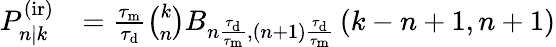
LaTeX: \begin{array}{rl}{P_{n|k}^{\mathrm{(ir)}}}&{=\frac{\tau_{\mathrm{m}}}{\tau_{\mathrm{d}}}\binom{k}{n}B_{n\frac{\tau_{\mathrm{d}}}{\tau_{\mathrm{m}}},(n+1)\frac{\tau_{\mathrm{d}}}{\tau_{\mathrm{m}}}}\left(k-n+1,n+1\right)}\end{array}